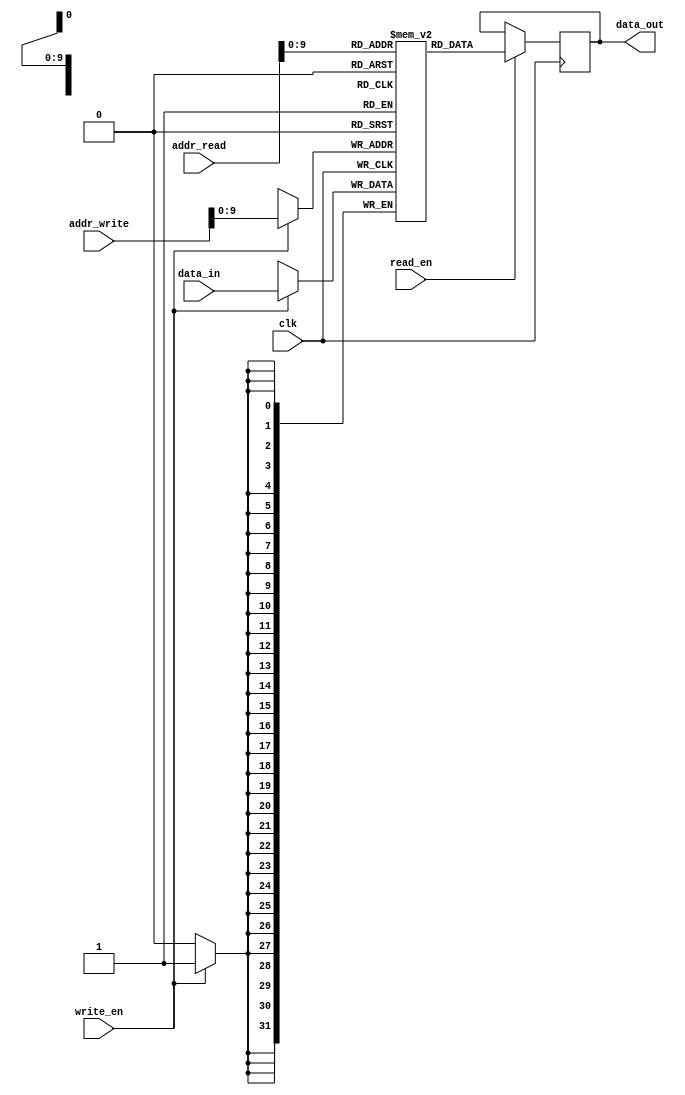
module dual_port_ram(
    input wire clk,
    input wire [31:0] addr_read,
    input wire [31:0] addr_write,
    input wire [31:0] data_in,
    input wire read_en,
    input wire write_en,
    output reg [31:0] data_out
);

reg [31:0] memory [0:1023];

always @(posedge clk) begin
    if (read_en)
        data_out <= memory[addr_read];
    
    if (write_en)
        memory[addr_write] <= data_in;
end

endmodule